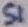
Text: S1